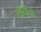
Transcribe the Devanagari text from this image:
सौदीचा